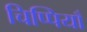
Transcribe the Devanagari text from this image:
चिप्पियाँ